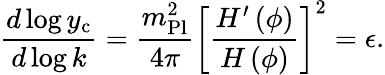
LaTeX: {\frac{d\log{y_{\mathrm{c}}}}{d\log{k}}}={\frac{m_{\mathrm{Pl}}^{2}}{4\pi}}\left[{\frac{H^{\prime}\left(\phi\right)}{H\left(\phi\right)}}\right]^{2}=\epsilon.